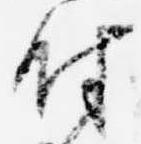
付